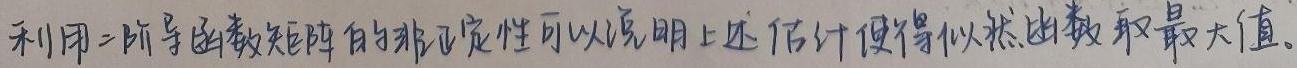
利用二阶导函数矩阵的非正定性可以说明上述估计使得似然函数取最大值。